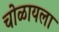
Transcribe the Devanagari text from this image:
चोळायला